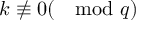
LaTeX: k \not \equiv 0 ( \mod q )